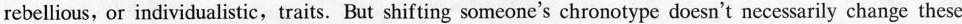
rebellious, or individualistic,traits. But shifting someone's chronotype doesn't necessarily change these